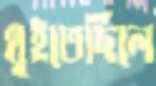
থুইতেছিলে